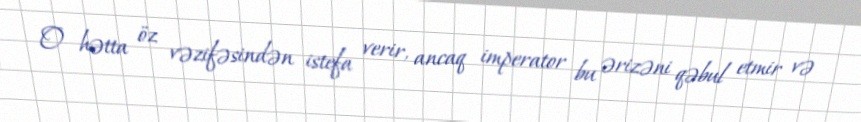
O hətta öz vəzifəsindən istefa verir, ancaq imperator bu ərizəni qəbul etmir və